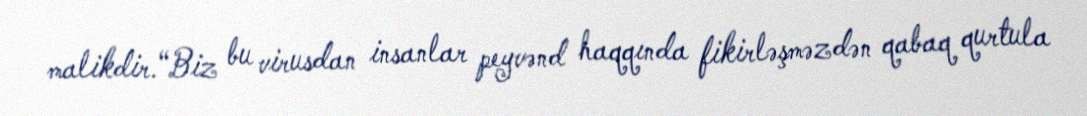
malikdir.“Biz bu virusdan insanlar peyvənd haqqında fikirləşməzdən qabaq qurtula